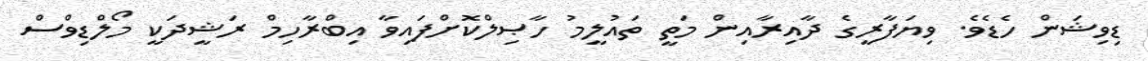
ޑިވިޝަން ހެޑެވެ. ވިޔަފާރީގެ ދާއިރާއިން މަތީ ތައުލީމު ހާޞިލްކޮށްފައިވާ އިބްރާހިމް ރަޝީދަކީ މޯލްޑިވްސް